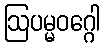
ဩပမ္မဝဂ္ဂေါ